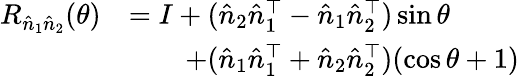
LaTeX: \begin{array}{rl}{R_{\hat{n}_{1}\hat{n}_{2}}(\theta)}&{=I+(\hat{n}_{2}\hat{n}_{1}^{\top}-\hat{n}_{1}\hat{n}_{2}^{\top})\sin\theta}\\ &{\qquad+(\hat{n}_{1}\hat{n}_{1}^{\top}+\hat{n}_{2}\hat{n}_{2}^{\top})(\cos\theta+1)}\end{array}